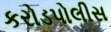
કરોડપોલીસ